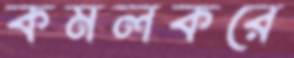
কমলকরে